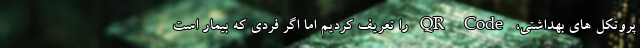
پروتکل های بهداشتی، QR Code را تعریف کردیم اما اگر فردی که بیمار است